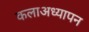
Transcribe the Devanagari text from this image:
कलाअध्यापन